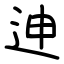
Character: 迧